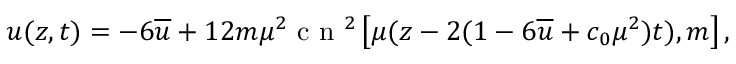
\begin{array} { r } { u ( z , t ) = - 6 \overline { { u } } + 1 2 m \mu ^ { 2 } \mathrm { ~ c ~ n ~ } ^ { 2 } \left[ \mu ( z - 2 ( 1 - 6 \overline { { u } } + c _ { 0 } \mu ^ { 2 } ) t ) , m \right] , } \end{array}